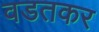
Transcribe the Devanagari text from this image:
वडतकर